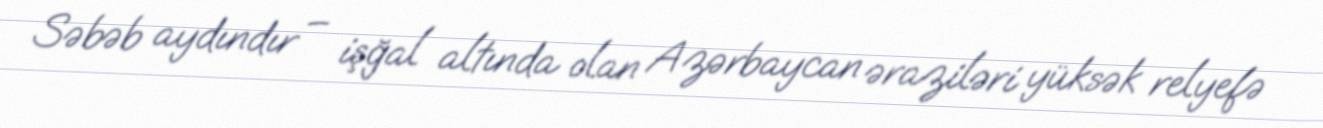
Səbəb aydındır – işğal altında olan Azərbaycan əraziləri yüksək relyefə